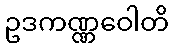
ဥဒကဏ္ဏဝေါတိ